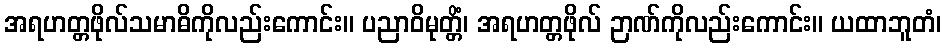
အရဟတ္တဖိုလ်သမာဓိကိုလည်းကောင်း။ ပညာဝိမုတ္တိံ၊ အရဟတ္တဖိုလ် ဉာဏ်ကိုလည်းကောင်း။ ယထာဘူတံ၊